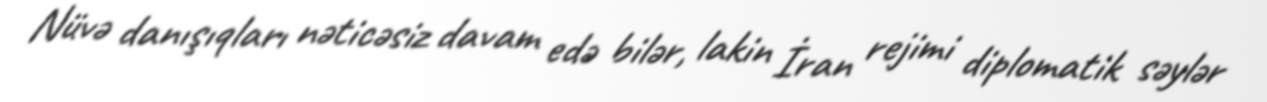
Nüvə danışıqları nəticəsiz davam edə bilər, lakin İran rejimi diplomatik səylər